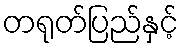
တရုတ်ပြည်နှင့်